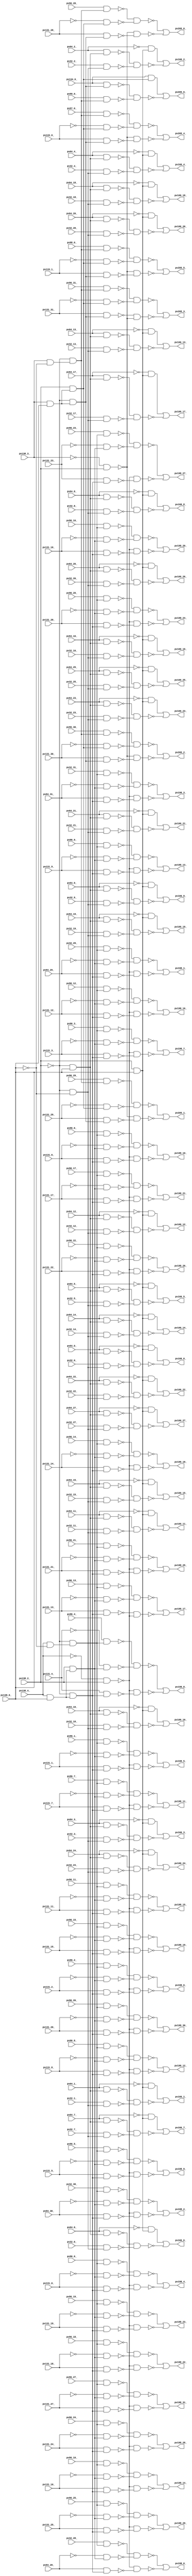
module top ( 
    pv96_30_, pv96_31_, pv96_10_, pv96_21_, pv138_4_, pv96_11_, pv96_20_,
    pv138_3_, pv138_2_, pv131_18_, pv138_0_, pv131_19_, pv32_7_, pv32_18_,
    pv32_29_, pv64_0_, pv96_9_, pv131_3_, pv131_29_, pv32_6_, pv32_19_,
    pv32_28_, pv64_1_, pv96_8_, pv131_2_, pv131_28_, pv32_5_, pv131_1_,
    pv32_4_, pv131_0_, pv32_3_, pv64_4_, pv96_5_, pv32_2_, pv64_5_,
    pv96_4_, pv32_1_, pv64_2_, pv96_7_, pv32_0_, pv64_3_, pv96_6_,
    pv32_10_, pv32_21_, pv64_8_, pv64_17_, pv64_28_, pv96_1_, pv97_0_,
    pv131_21_, pv32_11_, pv32_20_, pv64_9_, pv64_18_, pv64_27_, pv96_0_,
    pv131_20_, pv32_12_, pv32_23_, pv32_30_, pv64_6_, pv64_15_, pv64_26_,
    pv96_3_, pv99_0_, pv131_9_, pv131_23_, pv134_0_, pv32_13_, pv32_22_,
    pv32_31_, pv64_7_, pv64_16_, pv64_25_, pv96_2_, pv98_0_, pv131_8_,
    pv131_22_, pv32_14_, pv32_25_, pv131_7_, pv131_25_, pv131_30_,
    pv133_1_, pv32_15_, pv32_24_, pv131_6_, pv131_24_, pv131_31_, pv133_0_,
    pv32_9_, pv32_16_, pv32_27_, pv64_19_, pv131_5_, pv131_27_, pv32_8_,
    pv32_17_, pv32_26_, pv64_29_, pv131_4_, pv131_26_, pv64_20_, pv64_31_,
    pv96_16_, pv96_27_, pv131_16_, pv64_10_, pv96_17_, pv96_26_, pv131_17_,
    pv96_18_, pv96_29_, pv131_14_, pv96_19_, pv96_28_, pv131_15_, pv64_13_,
    pv64_24_, pv96_12_, pv96_23_, pv131_12_, pv64_14_, pv64_23_, pv96_13_,
    pv96_22_, pv131_13_, pv64_11_, pv64_22_, pv96_14_, pv96_25_, pv131_10_,
    pv64_12_, pv64_21_, pv64_30_, pv96_15_, pv96_24_, pv131_11_,
    pv198_17_, pv205_3_, pv198_16_, pv205_4_, pv198_19_, pv205_5_,
    pv198_18_, pv205_6_, pv198_8_, pv198_13_, pv198_7_, pv198_12_,
    pv205_0_, pv198_15_, pv205_1_, pv198_9_, pv198_14_, pv205_2_, pv166_7_,
    pv166_10_, pv166_23_, pv198_4_, pv198_22_, pv166_8_, pv166_24_,
    pv198_3_, pv198_23_, pv166_5_, pv166_21_, pv198_6_, pv198_24_,
    pv166_6_, pv166_22_, pv198_5_, pv198_25_, pv166_14_, pv198_0_,
    pv198_26_, pv166_13_, pv166_20_, pv198_27_, pv166_9_, pv166_12_,
    pv198_2_, pv198_28_, pv166_11_, pv198_1_, pv198_29_, pv166_18_,
    pv166_0_, pv166_17_, pv166_16_, pv166_15_, pv166_3_, pv166_27_,
    pv198_31_, pv166_4_, pv198_30_, pv166_1_, pv166_25_, pv198_20_,
    pv166_2_, pv166_19_, pv166_26_, pv198_21_, pv198_11_, pv198_10_  );
  input  pv96_30_, pv96_31_, pv96_10_, pv96_21_, pv138_4_, pv96_11_,
    pv96_20_, pv138_3_, pv138_2_, pv131_18_, pv138_0_, pv131_19_, pv32_7_,
    pv32_18_, pv32_29_, pv64_0_, pv96_9_, pv131_3_, pv131_29_, pv32_6_,
    pv32_19_, pv32_28_, pv64_1_, pv96_8_, pv131_2_, pv131_28_, pv32_5_,
    pv131_1_, pv32_4_, pv131_0_, pv32_3_, pv64_4_, pv96_5_, pv32_2_,
    pv64_5_, pv96_4_, pv32_1_, pv64_2_, pv96_7_, pv32_0_, pv64_3_, pv96_6_,
    pv32_10_, pv32_21_, pv64_8_, pv64_17_, pv64_28_, pv96_1_, pv97_0_,
    pv131_21_, pv32_11_, pv32_20_, pv64_9_, pv64_18_, pv64_27_, pv96_0_,
    pv131_20_, pv32_12_, pv32_23_, pv32_30_, pv64_6_, pv64_15_, pv64_26_,
    pv96_3_, pv99_0_, pv131_9_, pv131_23_, pv134_0_, pv32_13_, pv32_22_,
    pv32_31_, pv64_7_, pv64_16_, pv64_25_, pv96_2_, pv98_0_, pv131_8_,
    pv131_22_, pv32_14_, pv32_25_, pv131_7_, pv131_25_, pv131_30_,
    pv133_1_, pv32_15_, pv32_24_, pv131_6_, pv131_24_, pv131_31_, pv133_0_,
    pv32_9_, pv32_16_, pv32_27_, pv64_19_, pv131_5_, pv131_27_, pv32_8_,
    pv32_17_, pv32_26_, pv64_29_, pv131_4_, pv131_26_, pv64_20_, pv64_31_,
    pv96_16_, pv96_27_, pv131_16_, pv64_10_, pv96_17_, pv96_26_, pv131_17_,
    pv96_18_, pv96_29_, pv131_14_, pv96_19_, pv96_28_, pv131_15_, pv64_13_,
    pv64_24_, pv96_12_, pv96_23_, pv131_12_, pv64_14_, pv64_23_, pv96_13_,
    pv96_22_, pv131_13_, pv64_11_, pv64_22_, pv96_14_, pv96_25_, pv131_10_,
    pv64_12_, pv64_21_, pv64_30_, pv96_15_, pv96_24_, pv131_11_;
  output pv198_17_, pv205_3_, pv198_16_, pv205_4_, pv198_19_, pv205_5_,
    pv198_18_, pv205_6_, pv198_8_, pv198_13_, pv198_7_, pv198_12_,
    pv205_0_, pv198_15_, pv205_1_, pv198_9_, pv198_14_, pv205_2_, pv166_7_,
    pv166_10_, pv166_23_, pv198_4_, pv198_22_, pv166_8_, pv166_24_,
    pv198_3_, pv198_23_, pv166_5_, pv166_21_, pv198_6_, pv198_24_,
    pv166_6_, pv166_22_, pv198_5_, pv198_25_, pv166_14_, pv198_0_,
    pv198_26_, pv166_13_, pv166_20_, pv198_27_, pv166_9_, pv166_12_,
    pv198_2_, pv198_28_, pv166_11_, pv198_1_, pv198_29_, pv166_18_,
    pv166_0_, pv166_17_, pv166_16_, pv166_15_, pv166_3_, pv166_27_,
    pv198_31_, pv166_4_, pv198_30_, pv166_1_, pv166_25_, pv198_20_,
    pv166_2_, pv166_19_, pv166_26_, pv198_21_, pv198_11_, pv198_10_;
  wire new_n206_, new_n207_, new_n208_, new_n209_, new_n210_, new_n211_,
    new_n212_, new_n213_, new_n214_, new_n215_, new_n216_, new_n218_,
    new_n219_, new_n220_, new_n221_, new_n222_, new_n223_, new_n224_,
    new_n225_, new_n226_, new_n227_, new_n228_, new_n230_, new_n231_,
    new_n232_, new_n233_, new_n234_, new_n236_, new_n237_, new_n238_,
    new_n239_, new_n240_, new_n242_, new_n243_, new_n244_, new_n245_,
    new_n246_, new_n248_, new_n249_, new_n250_, new_n251_, new_n252_,
    new_n254_, new_n255_, new_n256_, new_n257_, new_n258_, new_n260_,
    new_n261_, new_n262_, new_n263_, new_n265_, new_n266_, new_n267_,
    new_n268_, new_n269_, new_n271_, new_n272_, new_n273_, new_n274_,
    new_n275_, new_n277_, new_n278_, new_n279_, new_n280_, new_n281_,
    new_n283_, new_n284_, new_n285_, new_n286_, new_n287_, new_n289_,
    new_n290_, new_n291_, new_n292_, new_n293_, new_n295_, new_n296_,
    new_n297_, new_n298_, new_n299_, new_n301_, new_n302_, new_n303_,
    new_n304_, new_n305_, new_n307_, new_n308_, new_n309_, new_n310_,
    new_n311_, new_n313_, new_n314_, new_n315_, new_n316_, new_n317_,
    new_n319_, new_n320_, new_n321_, new_n322_, new_n323_, new_n325_,
    new_n326_, new_n327_, new_n328_, new_n329_, new_n330_, new_n331_,
    new_n333_, new_n334_, new_n335_, new_n336_, new_n338_, new_n339_,
    new_n340_, new_n341_, new_n343_, new_n344_, new_n345_, new_n346_,
    new_n347_, new_n349_, new_n350_, new_n351_, new_n352_, new_n353_,
    new_n355_, new_n356_, new_n357_, new_n358_, new_n360_, new_n361_,
    new_n362_, new_n363_, new_n365_, new_n366_, new_n367_, new_n368_,
    new_n369_, new_n371_, new_n372_, new_n373_, new_n374_, new_n375_,
    new_n377_, new_n378_, new_n379_, new_n380_, new_n382_, new_n383_,
    new_n384_, new_n385_, new_n387_, new_n388_, new_n389_, new_n390_,
    new_n391_, new_n393_, new_n394_, new_n395_, new_n396_, new_n397_,
    new_n399_, new_n400_, new_n401_, new_n402_, new_n404_, new_n405_,
    new_n406_, new_n407_, new_n409_, new_n410_, new_n411_, new_n412_,
    new_n413_, new_n415_, new_n416_, new_n417_, new_n418_, new_n419_,
    new_n421_, new_n422_, new_n423_, new_n424_, new_n426_, new_n427_,
    new_n428_, new_n429_, new_n430_, new_n432_, new_n433_, new_n434_,
    new_n435_, new_n436_, new_n438_, new_n439_, new_n440_, new_n441_,
    new_n443_, new_n444_, new_n445_, new_n446_, new_n448_, new_n449_,
    new_n450_, new_n451_, new_n452_, new_n454_, new_n455_, new_n456_,
    new_n457_, new_n459_, new_n460_, new_n461_, new_n462_, new_n464_,
    new_n465_, new_n466_, new_n467_, new_n468_, new_n470_, new_n471_,
    new_n472_, new_n473_, new_n474_, new_n476_, new_n477_, new_n478_,
    new_n479_, new_n481_, new_n482_, new_n483_, new_n484_, new_n485_,
    new_n487_, new_n488_, new_n489_, new_n490_, new_n491_, new_n493_,
    new_n494_, new_n495_, new_n496_, new_n498_, new_n499_, new_n500_,
    new_n501_, new_n503_, new_n504_, new_n505_, new_n506_, new_n508_,
    new_n509_, new_n510_, new_n511_, new_n513_, new_n514_, new_n515_,
    new_n516_, new_n518_, new_n519_, new_n520_, new_n521_, new_n523_,
    new_n524_, new_n525_, new_n526_, new_n528_, new_n529_, new_n530_,
    new_n531_, new_n532_, new_n534_, new_n535_, new_n536_, new_n537_,
    new_n539_, new_n540_, new_n541_, new_n542_, new_n543_, new_n545_,
    new_n546_, new_n547_, new_n548_, new_n550_, new_n551_, new_n552_,
    new_n553_, new_n555_, new_n556_, new_n557_, new_n558_, new_n559_,
    new_n561_, new_n562_, new_n563_, new_n564_, new_n566_, new_n567_,
    new_n568_, new_n569_, new_n571_, new_n572_, new_n573_, new_n574_,
    new_n576_, new_n577_, new_n578_, new_n579_, new_n580_, new_n582_,
    new_n583_, new_n584_, new_n585_, new_n586_, new_n588_, new_n589_,
    new_n590_, new_n591_, new_n592_;
  assign new_n206_ = pv138_4_ & ~pv138_0_;
  assign new_n207_ = ~pv138_2_ & new_n206_;
  assign new_n208_ = pv96_13_ & new_n207_;
  assign new_n209_ = pv138_4_ & pv138_0_;
  assign new_n210_ = pv138_2_ & new_n209_;
  assign new_n211_ = ~pv131_13_ & new_n210_;
  assign new_n212_ = ~pv138_2_ & new_n209_;
  assign new_n213_ = pv131_13_ & new_n212_;
  assign new_n214_ = ~pv138_4_ & pv138_2_;
  assign new_n215_ = ~new_n208_ & ~new_n211_;
  assign new_n216_ = ~new_n213_ & ~new_n214_;
  assign pv198_17_ = ~new_n215_ | ~new_n216_;
  assign new_n218_ = pv138_3_ & ~pv138_0_;
  assign new_n219_ = ~pv138_2_ & new_n218_;
  assign new_n220_ = pv96_31_ & new_n219_;
  assign new_n221_ = pv138_3_ & pv138_0_;
  assign new_n222_ = pv138_2_ & new_n221_;
  assign new_n223_ = ~pv131_31_ & new_n222_;
  assign new_n224_ = ~pv138_2_ & new_n221_;
  assign new_n225_ = pv131_31_ & new_n224_;
  assign new_n226_ = ~pv138_3_ & pv138_2_;
  assign new_n227_ = ~new_n220_ & ~new_n223_;
  assign new_n228_ = ~new_n225_ & ~new_n226_;
  assign pv205_3_ = ~new_n227_ | ~new_n228_;
  assign new_n230_ = pv96_12_ & new_n207_;
  assign new_n231_ = ~pv131_12_ & new_n210_;
  assign new_n232_ = pv131_12_ & new_n212_;
  assign new_n233_ = ~new_n230_ & ~new_n231_;
  assign new_n234_ = ~new_n214_ & ~new_n232_;
  assign pv198_16_ = ~new_n233_ | ~new_n234_;
  assign new_n236_ = pv97_0_ & new_n219_;
  assign new_n237_ = ~pv133_0_ & new_n222_;
  assign new_n238_ = pv133_0_ & new_n224_;
  assign new_n239_ = ~new_n236_ & ~new_n237_;
  assign new_n240_ = ~new_n226_ & ~new_n238_;
  assign pv205_4_ = ~new_n239_ | ~new_n240_;
  assign new_n242_ = pv96_15_ & new_n207_;
  assign new_n243_ = ~pv131_15_ & new_n210_;
  assign new_n244_ = pv131_15_ & new_n212_;
  assign new_n245_ = ~new_n242_ & ~new_n243_;
  assign new_n246_ = ~new_n214_ & ~new_n244_;
  assign pv198_19_ = ~new_n245_ | ~new_n246_;
  assign new_n248_ = pv98_0_ & new_n219_;
  assign new_n249_ = ~pv133_1_ & new_n222_;
  assign new_n250_ = pv133_1_ & new_n224_;
  assign new_n251_ = ~new_n248_ & ~new_n249_;
  assign new_n252_ = ~new_n226_ & ~new_n250_;
  assign pv205_5_ = ~new_n251_ | ~new_n252_;
  assign new_n254_ = pv96_14_ & new_n207_;
  assign new_n255_ = ~pv131_14_ & new_n210_;
  assign new_n256_ = pv131_14_ & new_n212_;
  assign new_n257_ = ~new_n254_ & ~new_n255_;
  assign new_n258_ = ~new_n214_ & ~new_n256_;
  assign pv198_18_ = ~new_n257_ | ~new_n258_;
  assign new_n260_ = pv134_0_ & new_n224_;
  assign new_n261_ = pv99_0_ & new_n219_;
  assign new_n262_ = pv134_0_ & new_n222_;
  assign new_n263_ = ~new_n260_ & ~new_n261_;
  assign pv205_6_ = new_n262_ | ~new_n263_;
  assign new_n265_ = pv96_4_ & new_n207_;
  assign new_n266_ = ~pv131_4_ & new_n210_;
  assign new_n267_ = pv131_4_ & new_n212_;
  assign new_n268_ = ~new_n265_ & ~new_n266_;
  assign new_n269_ = ~new_n214_ & ~new_n267_;
  assign pv198_8_ = ~new_n268_ | ~new_n269_;
  assign new_n271_ = pv96_9_ & new_n207_;
  assign new_n272_ = ~pv131_9_ & new_n210_;
  assign new_n273_ = pv131_9_ & new_n212_;
  assign new_n274_ = ~new_n271_ & ~new_n272_;
  assign new_n275_ = ~new_n214_ & ~new_n273_;
  assign pv198_13_ = ~new_n274_ | ~new_n275_;
  assign new_n277_ = pv96_3_ & new_n207_;
  assign new_n278_ = ~pv131_3_ & new_n210_;
  assign new_n279_ = pv131_3_ & new_n212_;
  assign new_n280_ = ~new_n277_ & ~new_n278_;
  assign new_n281_ = ~new_n214_ & ~new_n279_;
  assign pv198_7_ = ~new_n280_ | ~new_n281_;
  assign new_n283_ = pv96_8_ & new_n207_;
  assign new_n284_ = ~pv131_8_ & new_n210_;
  assign new_n285_ = pv131_8_ & new_n212_;
  assign new_n286_ = ~new_n283_ & ~new_n284_;
  assign new_n287_ = ~new_n214_ & ~new_n285_;
  assign pv198_12_ = ~new_n286_ | ~new_n287_;
  assign new_n289_ = pv96_28_ & new_n219_;
  assign new_n290_ = ~pv131_28_ & new_n222_;
  assign new_n291_ = pv131_28_ & new_n224_;
  assign new_n292_ = ~new_n289_ & ~new_n290_;
  assign new_n293_ = ~new_n226_ & ~new_n291_;
  assign pv205_0_ = ~new_n292_ | ~new_n293_;
  assign new_n295_ = pv96_11_ & new_n207_;
  assign new_n296_ = ~pv131_11_ & new_n210_;
  assign new_n297_ = pv131_11_ & new_n212_;
  assign new_n298_ = ~new_n295_ & ~new_n296_;
  assign new_n299_ = ~new_n214_ & ~new_n297_;
  assign pv198_15_ = ~new_n298_ | ~new_n299_;
  assign new_n301_ = pv96_29_ & new_n219_;
  assign new_n302_ = ~pv131_29_ & new_n222_;
  assign new_n303_ = pv131_29_ & new_n224_;
  assign new_n304_ = ~new_n301_ & ~new_n302_;
  assign new_n305_ = ~new_n226_ & ~new_n303_;
  assign pv205_1_ = ~new_n304_ | ~new_n305_;
  assign new_n307_ = pv96_5_ & new_n207_;
  assign new_n308_ = ~pv131_5_ & new_n210_;
  assign new_n309_ = pv131_5_ & new_n212_;
  assign new_n310_ = ~new_n307_ & ~new_n308_;
  assign new_n311_ = ~new_n214_ & ~new_n309_;
  assign pv198_9_ = ~new_n310_ | ~new_n311_;
  assign new_n313_ = pv96_10_ & new_n207_;
  assign new_n314_ = ~pv131_10_ & new_n210_;
  assign new_n315_ = pv131_10_ & new_n212_;
  assign new_n316_ = ~new_n313_ & ~new_n314_;
  assign new_n317_ = ~new_n214_ & ~new_n315_;
  assign pv198_14_ = ~new_n316_ | ~new_n317_;
  assign new_n319_ = pv96_30_ & new_n219_;
  assign new_n320_ = ~pv131_30_ & new_n222_;
  assign new_n321_ = pv131_30_ & new_n224_;
  assign new_n322_ = ~new_n319_ & ~new_n320_;
  assign new_n323_ = ~new_n226_ & ~new_n321_;
  assign pv205_2_ = ~new_n322_ | ~new_n323_;
  assign new_n325_ = ~pv138_2_ & pv138_0_;
  assign new_n326_ = pv64_7_ & new_n325_;
  assign new_n327_ = ~pv138_2_ & ~pv138_0_;
  assign new_n328_ = pv32_7_ & new_n327_;
  assign new_n329_ = pv138_2_ & pv138_0_;
  assign new_n330_ = ~pv64_7_ & new_n329_;
  assign new_n331_ = ~new_n326_ & ~new_n328_;
  assign pv166_7_ = new_n330_ | ~new_n331_;
  assign new_n333_ = pv64_10_ & new_n325_;
  assign new_n334_ = pv32_10_ & new_n327_;
  assign new_n335_ = ~pv64_10_ & new_n329_;
  assign new_n336_ = ~new_n333_ & ~new_n334_;
  assign pv166_10_ = new_n335_ | ~new_n336_;
  assign new_n338_ = pv64_23_ & new_n325_;
  assign new_n339_ = pv32_23_ & new_n327_;
  assign new_n340_ = ~pv64_23_ & new_n329_;
  assign new_n341_ = ~new_n338_ & ~new_n339_;
  assign pv166_23_ = new_n340_ | ~new_n341_;
  assign new_n343_ = pv96_0_ & new_n207_;
  assign new_n344_ = ~pv131_0_ & new_n210_;
  assign new_n345_ = pv131_0_ & new_n212_;
  assign new_n346_ = ~new_n343_ & ~new_n344_;
  assign new_n347_ = ~new_n214_ & ~new_n345_;
  assign pv198_4_ = ~new_n346_ | ~new_n347_;
  assign new_n349_ = pv96_18_ & new_n207_;
  assign new_n350_ = ~pv131_18_ & new_n210_;
  assign new_n351_ = pv131_18_ & new_n212_;
  assign new_n352_ = ~new_n349_ & ~new_n350_;
  assign new_n353_ = ~new_n214_ & ~new_n351_;
  assign pv198_22_ = ~new_n352_ | ~new_n353_;
  assign new_n355_ = pv64_8_ & new_n325_;
  assign new_n356_ = pv32_8_ & new_n327_;
  assign new_n357_ = ~pv64_8_ & new_n329_;
  assign new_n358_ = ~new_n355_ & ~new_n356_;
  assign pv166_8_ = new_n357_ | ~new_n358_;
  assign new_n360_ = pv64_24_ & new_n325_;
  assign new_n361_ = pv32_24_ & new_n327_;
  assign new_n362_ = ~pv64_24_ & new_n329_;
  assign new_n363_ = ~new_n360_ & ~new_n361_;
  assign pv166_24_ = new_n362_ | ~new_n363_;
  assign new_n365_ = pv32_31_ & new_n207_;
  assign new_n366_ = ~pv64_31_ & new_n210_;
  assign new_n367_ = pv64_31_ & new_n212_;
  assign new_n368_ = ~new_n365_ & ~new_n366_;
  assign new_n369_ = ~new_n214_ & ~new_n367_;
  assign pv198_3_ = ~new_n368_ | ~new_n369_;
  assign new_n371_ = pv96_19_ & new_n207_;
  assign new_n372_ = ~pv131_19_ & new_n210_;
  assign new_n373_ = pv131_19_ & new_n212_;
  assign new_n374_ = ~new_n371_ & ~new_n372_;
  assign new_n375_ = ~new_n214_ & ~new_n373_;
  assign pv198_23_ = ~new_n374_ | ~new_n375_;
  assign new_n377_ = pv64_5_ & new_n325_;
  assign new_n378_ = pv32_5_ & new_n327_;
  assign new_n379_ = ~pv64_5_ & new_n329_;
  assign new_n380_ = ~new_n377_ & ~new_n378_;
  assign pv166_5_ = new_n379_ | ~new_n380_;
  assign new_n382_ = pv64_21_ & new_n325_;
  assign new_n383_ = pv32_21_ & new_n327_;
  assign new_n384_ = ~pv64_21_ & new_n329_;
  assign new_n385_ = ~new_n382_ & ~new_n383_;
  assign pv166_21_ = new_n384_ | ~new_n385_;
  assign new_n387_ = pv96_2_ & new_n207_;
  assign new_n388_ = ~pv131_2_ & new_n210_;
  assign new_n389_ = pv131_2_ & new_n212_;
  assign new_n390_ = ~new_n387_ & ~new_n388_;
  assign new_n391_ = ~new_n214_ & ~new_n389_;
  assign pv198_6_ = ~new_n390_ | ~new_n391_;
  assign new_n393_ = pv96_20_ & new_n207_;
  assign new_n394_ = ~pv131_20_ & new_n210_;
  assign new_n395_ = pv131_20_ & new_n212_;
  assign new_n396_ = ~new_n393_ & ~new_n394_;
  assign new_n397_ = ~new_n214_ & ~new_n395_;
  assign pv198_24_ = ~new_n396_ | ~new_n397_;
  assign new_n399_ = pv64_6_ & new_n325_;
  assign new_n400_ = pv32_6_ & new_n327_;
  assign new_n401_ = ~pv64_6_ & new_n329_;
  assign new_n402_ = ~new_n399_ & ~new_n400_;
  assign pv166_6_ = new_n401_ | ~new_n402_;
  assign new_n404_ = pv64_22_ & new_n325_;
  assign new_n405_ = pv32_22_ & new_n327_;
  assign new_n406_ = ~pv64_22_ & new_n329_;
  assign new_n407_ = ~new_n404_ & ~new_n405_;
  assign pv166_22_ = new_n406_ | ~new_n407_;
  assign new_n409_ = pv96_1_ & new_n207_;
  assign new_n410_ = ~pv131_1_ & new_n210_;
  assign new_n411_ = pv131_1_ & new_n212_;
  assign new_n412_ = ~new_n409_ & ~new_n410_;
  assign new_n413_ = ~new_n214_ & ~new_n411_;
  assign pv198_5_ = ~new_n412_ | ~new_n413_;
  assign new_n415_ = pv96_21_ & new_n207_;
  assign new_n416_ = ~pv131_21_ & new_n210_;
  assign new_n417_ = pv131_21_ & new_n212_;
  assign new_n418_ = ~new_n415_ & ~new_n416_;
  assign new_n419_ = ~new_n214_ & ~new_n417_;
  assign pv198_25_ = ~new_n418_ | ~new_n419_;
  assign new_n421_ = pv64_14_ & new_n325_;
  assign new_n422_ = pv32_14_ & new_n327_;
  assign new_n423_ = ~pv64_14_ & new_n329_;
  assign new_n424_ = ~new_n421_ & ~new_n422_;
  assign pv166_14_ = new_n423_ | ~new_n424_;
  assign new_n426_ = pv32_28_ & new_n207_;
  assign new_n427_ = ~pv64_28_ & new_n210_;
  assign new_n428_ = pv64_28_ & new_n212_;
  assign new_n429_ = ~new_n426_ & ~new_n427_;
  assign new_n430_ = ~new_n214_ & ~new_n428_;
  assign pv198_0_ = ~new_n429_ | ~new_n430_;
  assign new_n432_ = pv96_22_ & new_n207_;
  assign new_n433_ = ~pv131_22_ & new_n210_;
  assign new_n434_ = pv131_22_ & new_n212_;
  assign new_n435_ = ~new_n432_ & ~new_n433_;
  assign new_n436_ = ~new_n214_ & ~new_n434_;
  assign pv198_26_ = ~new_n435_ | ~new_n436_;
  assign new_n438_ = pv64_13_ & new_n325_;
  assign new_n439_ = pv32_13_ & new_n327_;
  assign new_n440_ = ~pv64_13_ & new_n329_;
  assign new_n441_ = ~new_n438_ & ~new_n439_;
  assign pv166_13_ = new_n440_ | ~new_n441_;
  assign new_n443_ = pv64_20_ & new_n325_;
  assign new_n444_ = pv32_20_ & new_n327_;
  assign new_n445_ = ~pv64_20_ & new_n329_;
  assign new_n446_ = ~new_n443_ & ~new_n444_;
  assign pv166_20_ = new_n445_ | ~new_n446_;
  assign new_n448_ = pv96_23_ & new_n207_;
  assign new_n449_ = ~pv131_23_ & new_n210_;
  assign new_n450_ = pv131_23_ & new_n212_;
  assign new_n451_ = ~new_n448_ & ~new_n449_;
  assign new_n452_ = ~new_n214_ & ~new_n450_;
  assign pv198_27_ = ~new_n451_ | ~new_n452_;
  assign new_n454_ = pv64_9_ & new_n325_;
  assign new_n455_ = pv32_9_ & new_n327_;
  assign new_n456_ = ~pv64_9_ & new_n329_;
  assign new_n457_ = ~new_n454_ & ~new_n455_;
  assign pv166_9_ = new_n456_ | ~new_n457_;
  assign new_n459_ = pv64_12_ & new_n325_;
  assign new_n460_ = pv32_12_ & new_n327_;
  assign new_n461_ = ~pv64_12_ & new_n329_;
  assign new_n462_ = ~new_n459_ & ~new_n460_;
  assign pv166_12_ = new_n461_ | ~new_n462_;
  assign new_n464_ = pv32_30_ & new_n207_;
  assign new_n465_ = ~pv64_30_ & new_n210_;
  assign new_n466_ = pv64_30_ & new_n212_;
  assign new_n467_ = ~new_n464_ & ~new_n465_;
  assign new_n468_ = ~new_n214_ & ~new_n466_;
  assign pv198_2_ = ~new_n467_ | ~new_n468_;
  assign new_n470_ = pv96_24_ & new_n207_;
  assign new_n471_ = ~pv131_24_ & new_n210_;
  assign new_n472_ = pv131_24_ & new_n212_;
  assign new_n473_ = ~new_n470_ & ~new_n471_;
  assign new_n474_ = ~new_n214_ & ~new_n472_;
  assign pv198_28_ = ~new_n473_ | ~new_n474_;
  assign new_n476_ = pv64_11_ & new_n325_;
  assign new_n477_ = pv32_11_ & new_n327_;
  assign new_n478_ = ~pv64_11_ & new_n329_;
  assign new_n479_ = ~new_n476_ & ~new_n477_;
  assign pv166_11_ = new_n478_ | ~new_n479_;
  assign new_n481_ = pv32_29_ & new_n207_;
  assign new_n482_ = ~pv64_29_ & new_n210_;
  assign new_n483_ = pv64_29_ & new_n212_;
  assign new_n484_ = ~new_n481_ & ~new_n482_;
  assign new_n485_ = ~new_n214_ & ~new_n483_;
  assign pv198_1_ = ~new_n484_ | ~new_n485_;
  assign new_n487_ = pv96_25_ & new_n207_;
  assign new_n488_ = ~pv131_25_ & new_n210_;
  assign new_n489_ = pv131_25_ & new_n212_;
  assign new_n490_ = ~new_n487_ & ~new_n488_;
  assign new_n491_ = ~new_n214_ & ~new_n489_;
  assign pv198_29_ = ~new_n490_ | ~new_n491_;
  assign new_n493_ = pv64_18_ & new_n325_;
  assign new_n494_ = pv32_18_ & new_n327_;
  assign new_n495_ = ~pv64_18_ & new_n329_;
  assign new_n496_ = ~new_n493_ & ~new_n494_;
  assign pv166_18_ = new_n495_ | ~new_n496_;
  assign new_n498_ = pv64_0_ & new_n325_;
  assign new_n499_ = pv32_0_ & new_n327_;
  assign new_n500_ = ~pv64_0_ & new_n329_;
  assign new_n501_ = ~new_n498_ & ~new_n499_;
  assign pv166_0_ = new_n500_ | ~new_n501_;
  assign new_n503_ = pv64_17_ & new_n325_;
  assign new_n504_ = pv32_17_ & new_n327_;
  assign new_n505_ = ~pv64_17_ & new_n329_;
  assign new_n506_ = ~new_n503_ & ~new_n504_;
  assign pv166_17_ = new_n505_ | ~new_n506_;
  assign new_n508_ = pv64_16_ & new_n325_;
  assign new_n509_ = pv32_16_ & new_n327_;
  assign new_n510_ = ~pv64_16_ & new_n329_;
  assign new_n511_ = ~new_n508_ & ~new_n509_;
  assign pv166_16_ = new_n510_ | ~new_n511_;
  assign new_n513_ = pv64_15_ & new_n325_;
  assign new_n514_ = pv32_15_ & new_n327_;
  assign new_n515_ = ~pv64_15_ & new_n329_;
  assign new_n516_ = ~new_n513_ & ~new_n514_;
  assign pv166_15_ = new_n515_ | ~new_n516_;
  assign new_n518_ = pv64_3_ & new_n325_;
  assign new_n519_ = pv32_3_ & new_n327_;
  assign new_n520_ = ~pv64_3_ & new_n329_;
  assign new_n521_ = ~new_n518_ & ~new_n519_;
  assign pv166_3_ = new_n520_ | ~new_n521_;
  assign new_n523_ = pv64_27_ & new_n325_;
  assign new_n524_ = pv32_27_ & new_n327_;
  assign new_n525_ = ~pv64_27_ & new_n329_;
  assign new_n526_ = ~new_n523_ & ~new_n524_;
  assign pv166_27_ = new_n525_ | ~new_n526_;
  assign new_n528_ = pv96_27_ & new_n207_;
  assign new_n529_ = ~pv131_27_ & new_n210_;
  assign new_n530_ = pv131_27_ & new_n212_;
  assign new_n531_ = ~new_n528_ & ~new_n529_;
  assign new_n532_ = ~new_n214_ & ~new_n530_;
  assign pv198_31_ = ~new_n531_ | ~new_n532_;
  assign new_n534_ = pv64_4_ & new_n325_;
  assign new_n535_ = pv32_4_ & new_n327_;
  assign new_n536_ = ~pv64_4_ & new_n329_;
  assign new_n537_ = ~new_n534_ & ~new_n535_;
  assign pv166_4_ = new_n536_ | ~new_n537_;
  assign new_n539_ = pv96_26_ & new_n207_;
  assign new_n540_ = ~pv131_26_ & new_n210_;
  assign new_n541_ = pv131_26_ & new_n212_;
  assign new_n542_ = ~new_n539_ & ~new_n540_;
  assign new_n543_ = ~new_n214_ & ~new_n541_;
  assign pv198_30_ = ~new_n542_ | ~new_n543_;
  assign new_n545_ = pv64_1_ & new_n325_;
  assign new_n546_ = pv32_1_ & new_n327_;
  assign new_n547_ = ~pv64_1_ & new_n329_;
  assign new_n548_ = ~new_n545_ & ~new_n546_;
  assign pv166_1_ = new_n547_ | ~new_n548_;
  assign new_n550_ = pv64_25_ & new_n325_;
  assign new_n551_ = pv32_25_ & new_n327_;
  assign new_n552_ = ~pv64_25_ & new_n329_;
  assign new_n553_ = ~new_n550_ & ~new_n551_;
  assign pv166_25_ = new_n552_ | ~new_n553_;
  assign new_n555_ = pv96_16_ & new_n207_;
  assign new_n556_ = ~pv131_16_ & new_n210_;
  assign new_n557_ = pv131_16_ & new_n212_;
  assign new_n558_ = ~new_n555_ & ~new_n556_;
  assign new_n559_ = ~new_n214_ & ~new_n557_;
  assign pv198_20_ = ~new_n558_ | ~new_n559_;
  assign new_n561_ = pv64_2_ & new_n325_;
  assign new_n562_ = pv32_2_ & new_n327_;
  assign new_n563_ = ~pv64_2_ & new_n329_;
  assign new_n564_ = ~new_n561_ & ~new_n562_;
  assign pv166_2_ = new_n563_ | ~new_n564_;
  assign new_n566_ = pv64_19_ & new_n325_;
  assign new_n567_ = pv32_19_ & new_n327_;
  assign new_n568_ = ~pv64_19_ & new_n329_;
  assign new_n569_ = ~new_n566_ & ~new_n567_;
  assign pv166_19_ = new_n568_ | ~new_n569_;
  assign new_n571_ = pv64_26_ & new_n325_;
  assign new_n572_ = pv32_26_ & new_n327_;
  assign new_n573_ = ~pv64_26_ & new_n329_;
  assign new_n574_ = ~new_n571_ & ~new_n572_;
  assign pv166_26_ = new_n573_ | ~new_n574_;
  assign new_n576_ = pv96_17_ & new_n207_;
  assign new_n577_ = ~pv131_17_ & new_n210_;
  assign new_n578_ = pv131_17_ & new_n212_;
  assign new_n579_ = ~new_n576_ & ~new_n577_;
  assign new_n580_ = ~new_n214_ & ~new_n578_;
  assign pv198_21_ = ~new_n579_ | ~new_n580_;
  assign new_n582_ = pv96_7_ & new_n207_;
  assign new_n583_ = ~pv131_7_ & new_n210_;
  assign new_n584_ = pv131_7_ & new_n212_;
  assign new_n585_ = ~new_n582_ & ~new_n583_;
  assign new_n586_ = ~new_n214_ & ~new_n584_;
  assign pv198_11_ = ~new_n585_ | ~new_n586_;
  assign new_n588_ = pv96_6_ & new_n207_;
  assign new_n589_ = ~pv131_6_ & new_n210_;
  assign new_n590_ = pv131_6_ & new_n212_;
  assign new_n591_ = ~new_n588_ & ~new_n589_;
  assign new_n592_ = ~new_n214_ & ~new_n590_;
  assign pv198_10_ = ~new_n591_ | ~new_n592_;
endmodule